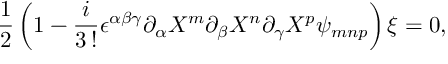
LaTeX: \frac { 1 } { 2 } \left( 1 - \frac { i } { 3 \, ! } \epsilon ^ { \alpha \beta \gamma } \partial _ { \alpha } X ^ { m } \partial _ { \beta } X ^ { n } \partial _ { \gamma } X ^ { p } \psi _ { m n p } \right) \xi = 0 ,